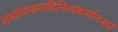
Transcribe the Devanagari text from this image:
संध्योपासनादिनित्यकर्मानन्तरं